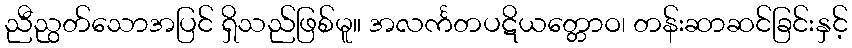
ညီညွတ်သောအပြင် ရှိသည်ဖြစ်မူ။ အလင်္ကတပဋိယတ္တောဝ၊ တန်းဆာဆင်ခြင်းနှင့်